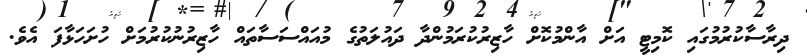
ދިރާސާކުރުމުގައި ކޮމިޓީ އަށް އާންމުކޮށް ހާޒިރުކުރަމުންދާ ދައުލަތުގެ މުއައްސަސާތައް ހާޒިރުނުކުރުމަށް ހުށަހަޅާފަ އެވެ.